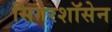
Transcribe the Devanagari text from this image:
सिगरशॉसेन